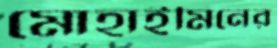
মোহাইমিনের